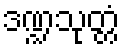
ဒဏ္ဍသုတ္တံ